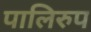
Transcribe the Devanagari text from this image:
पालिरुप